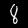
Digit: 8